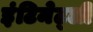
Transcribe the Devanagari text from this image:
इंटिमेट्ली